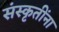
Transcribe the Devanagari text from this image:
संस्कृतींना